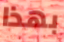
بهذا